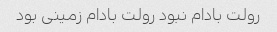
رولت بادام نبود رولت بادام زمینی بود